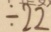
\div 2 2